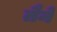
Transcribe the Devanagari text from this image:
तैने